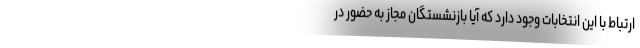
ارتباط با این انتخابات وجود دارد که آیا بازنشستگان مجاز به حضور در